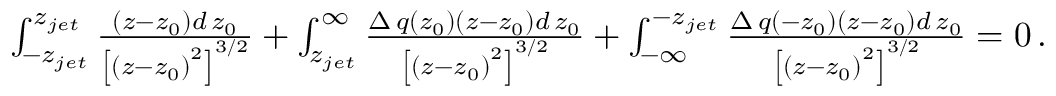
\begin{array} { r l } & { \int _ { - z _ { j e t } } ^ { z _ { j e t } } \frac { \left( z - z _ { 0 } \right) d \, z _ { 0 } } { \left[ \left( z - z _ { 0 } \right) ^ { 2 } \right] ^ { 3 / 2 } } + \int _ { z _ { j e t } } ^ { \infty } \frac { \Delta \, q ( z _ { 0 } ) \left( z - z _ { 0 } \right) d \, z _ { 0 } } { \left[ \left( z - z _ { 0 } \right) ^ { 2 } \right] ^ { 3 / 2 } } + \int _ { - \infty } ^ { - z _ { j e t } } \frac { \Delta \, q ( - z _ { 0 } ) \left( z - z _ { 0 } \right) d \, z _ { 0 } } { \left[ \left( z - z _ { 0 } \right) ^ { 2 } \right] ^ { 3 / 2 } } = 0 \, . } \end{array}